Civil Veterinary Department Bengal reports 1933-51 - 1933-1951
Year: 1933
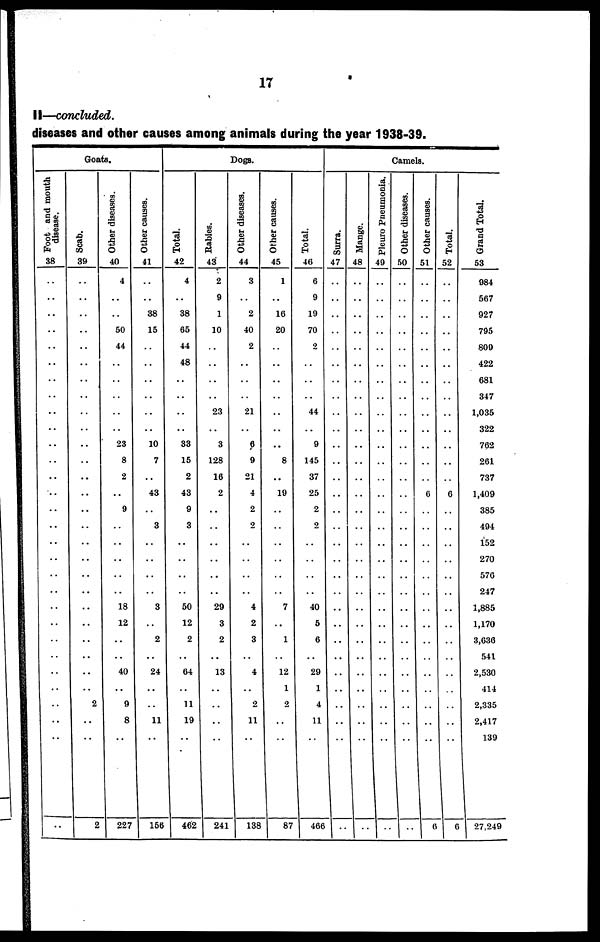
17
II—concluded.
diseases and other causes among animals during the year 1938-39.
Goats.
Foot and mouth
disease.
38
..
..
..
..
..
..
..
..
..
..
..
..
..
..
..
..
..
..
..
..
..
..
..
..
..
..
..
..
..
..
Scab.
39
..
..
..
..
..
..
..
..
..
..
..
..
..
..
..
..
..
..
..
..
..
..
..
..
..
..
2
..
..
2
Other diseases.
40
4
..
..
50
44
..
..
..
..
..
23
8
2
..
9
..
..
..
..
..
18
12
..
..
40
..
9
8
..
227
Other causes.
41
..
..
38
15
..
..
..
..
..
..
10
7
43
..
3
..
..
..
..
3
2
..
24
..
..
11
..
156
Dogs.
Total.
42
4
..
38
65
44
48
..
..
..
..
33
15
2
43
9
3
..
..
..
..
50
12
2
..
64
..
11
19
..
462
Rabies.
43
2
9
1
10
..
..
..
..
23
..
3
128
16
2
..
..
..
..
..
..
29
3
2
..
13
..
..
..
..
241
Other diseases.
44
3
..
2
40
2
..
..
..
21
..
6
9
21
4
2
2
..
..
..
..
4
2
3
..
4
..
2
11
..
138
Other causes.
45
1
..
16
20
..
..
..
..
..
..
..
8
..
19
..
..
..
..
..
..
7
..
1
..
12
1
2
..
87
Total.
46
6
9
19
70
2
..
..
..
44
..
9
145
37
25
2
2
..
..
..
..
40
5
6
..
29
1
4
11
..
466
Camels.
Surra.
47
..
..
..
..
..
..
..
..
..
..
..
..
..
..
..
..
..
..
..
..
..
..
..
..
..
..
..
..
..
..
Mange.
48
..
..
..
..
..
..
..
..
..
..
..
..
..
..
..
..
..
..
..
..
..
..
..
..
..
..
..
..
..
..
Pleuro Pneumonia.
49
..
..
..
..
..
..
..
..
..
..
..
..
..
..
..
..
..
..
..
..
..
..
..
..
..
..
..
..
..
..
Other diseases.
50
..
..
..
..
..
..
..
..
..
..
..
..
..
..
..
..
..
..
..
..
..
..
..
..
..
..
..
..
..
..
Other causes.
51
..
..
..
..
..
..
..
..
..
..
..
..
..
6
..
..
..
..
..
..
..
..
..
..
..
..
..
..
6
Total.
52
..
..
..
..
..
..
..
..
..
..
..
..
..
6
..
..
..
..
..
..
..
..
..
..
..
..
..
..
..
6
Grand Total.
53
984
567
927
795
809
422
681
347
1,035
322
762
261
737
1,409
385
494
152
270
576
247
1,885
1,170
3,636
541
2,530
414
2,335
2,417
139
27,249